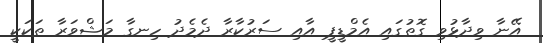
އޭނާ ވިދާޅުވި ގޮތުގައި އެމްޑީޕީ އާއި ސަރުކާރާ ދެމެދު ހިނގާ މަޝްވަރާ ތަކަކީ